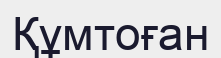
Құмтоған